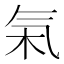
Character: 𬇏